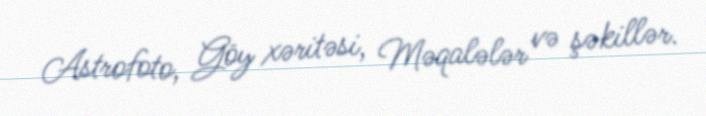
Astrofoto, Göy xəritəsi, Məqalələr və şəkillər.